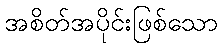
အစိတ်အပိုင်းဖြစ်သော